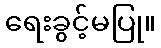
ရေးခွင့်မပြု။